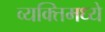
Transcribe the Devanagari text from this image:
व्यक्तिमध्ये